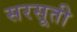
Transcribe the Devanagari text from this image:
सरसूती